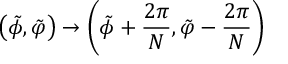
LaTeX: \left( \tilde { \phi } , \tilde { \varphi } \right) \rightarrow \left( \tilde { \phi } + \frac { 2 \pi } { N } , \tilde { \varphi } - \frac { 2 \pi } { N } \right)